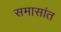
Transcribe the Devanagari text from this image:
समासांत